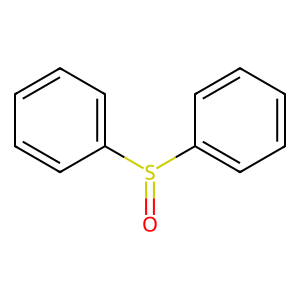
SMILES: O=S(c1ccccc1)c1ccccc1
Inhibits HIV replication: No